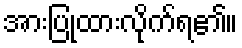
အားပြုထားလိုက်ရ၏။